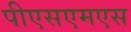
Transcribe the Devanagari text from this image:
पीएसएमएस